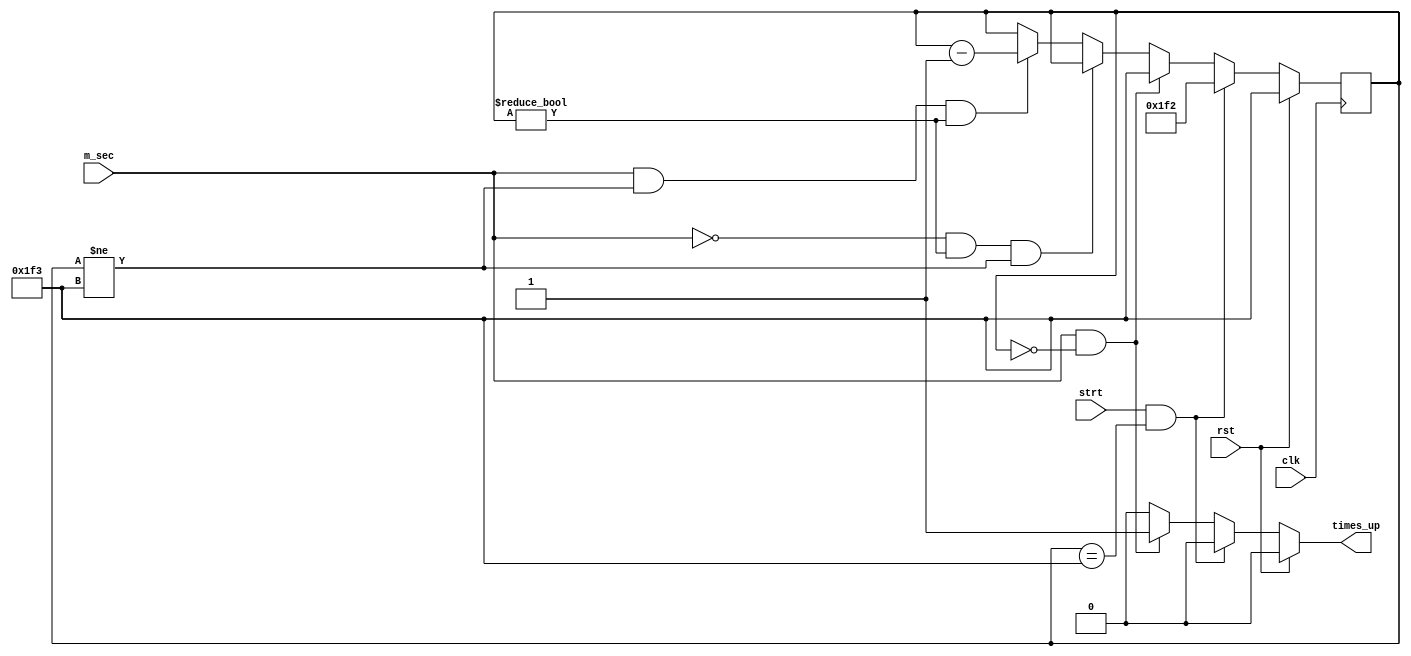
`timescale 1ns / 1ps
//////////////////////////////////////////////////////////////////////////////////
// Company: 
// Engineer: 
// 
// Design Name: 
// Module Name:    dbnc_ctrl 
// Project Name: 
// Target Devices: 
// Tool versions: 
// Description: 
//
// Dependencies: 
//
// Revision: 
// Revision 0.01 - File Created
// Additional Comments: 
//
//////////////////////////////////////////////////////////////////////////////////
module dbnc_ctrl(
    input strt,
    input m_sec,
    input rst,
    input clk,
    output reg times_up
    );
 
 
reg [8:0] millisecond_count, next_millisecond_count;


//Begin of sequential logic
always @(posedge clk) 
begin
	millisecond_count <= next_millisecond_count;	
end


//Combinational logic
always @(strt, m_sec, rst, millisecond_count)
begin
	
	//Default settings
	times_up = 0;
	next_millisecond_count = millisecond_count;


	//If we are not at 0 or 499 then let us count down.
	if ((m_sec == 1) && (millisecond_count != 499) && (millisecond_count != 0))
		begin
			next_millisecond_count = millisecond_count - 1;
		end
	

	
	//If we are not at 0 or 499 and m_sec is set to 0, let us just hold
	//the conditon.
	if ((m_sec == 0) && (millisecond_count != 0) && (millisecond_count != 499))
		begin
			next_millisecond_count = millisecond_count;
		end

	
	//Handle the times up!
	if ((m_sec == 1) && (millisecond_count == 0))
		begin
			times_up = 1;
			next_millisecond_count = 499;
		end

	//Handle the starting of the counter.
	if ((strt == 1) && (millisecond_count == 499))
		begin
			next_millisecond_count = 498;
			times_up = 0;
		end
			
	//Finally lets handle RST
	if (rst == 1)
		begin
			next_millisecond_count = 499;
			times_up = 0;
		end
			
	
end // End of combinational logic block
	



endmodule